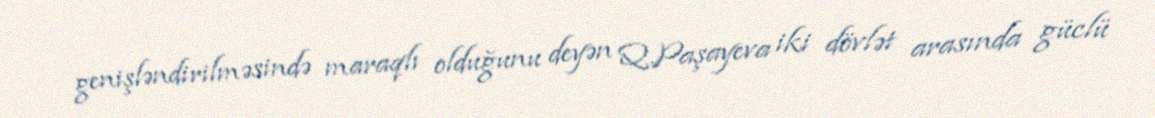
genişləndirilməsində maraqlı olduğunu deyən Q.Paşayeva iki dövlət arasında güclü